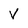
Character: V